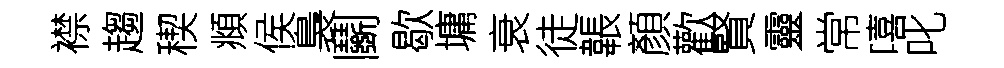
襟趨稧頫侯裊鬬歇墉衰徒韔顏歡賢靈常嘻叱